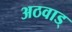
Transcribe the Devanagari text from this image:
अठवाड्